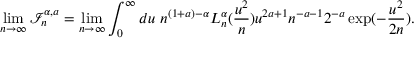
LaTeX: \operatorname * { l i m } _ { n \to \infty } \mathcal { I } _ { n } ^ { \alpha , a } = \operatorname * { l i m } _ { n \to \infty } \int _ { 0 } ^ { \infty } d u \ n ^ { ( 1 + a ) - \alpha } L _ { n } ^ { \alpha } ( \frac { u ^ { 2 } } { n } ) u ^ { 2 a + 1 } n ^ { - a - 1 } 2 ^ { - a } \exp ( - \frac { u ^ { 2 } } { 2 n } ) .